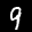
Label: 9